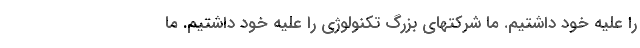
را علیه خود داشتیم. ما شرکتهای بزرگ تکنولوژی را علیه خود داشتیم. ما